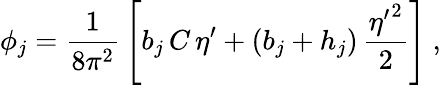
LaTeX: \phi_{j}=\frac{1}{8\pi^{2}}\, \left[b_{j}\, C\, \eta^{\prime}+(b_{j}+h_{j})\, \frac{{\eta^{\prime}}^{2}}{2}\right]~,